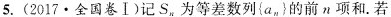
5.(2017\cdot 全国卷I)记S_{n}为等差数列{a_{n}}的前n项和.若